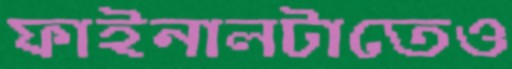
ফাইনালটাতেও